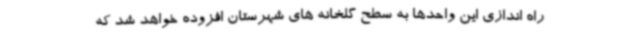
راه اندازی این واحدها به سطح گلخانه های شهرستان افزوده خواهد شد که